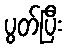
ပွတ်ပြီး